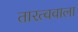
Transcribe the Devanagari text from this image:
तारत्ववाला